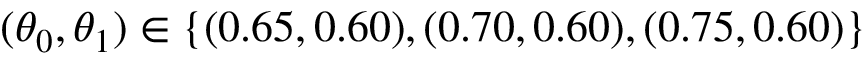
( \theta _ { 0 } , \theta _ { 1 } ) \in \{ ( 0 . 6 5 , 0 . 6 0 ) , ( 0 . 7 0 , 0 . 6 0 ) , ( 0 . 7 5 , 0 . 6 0 ) \}